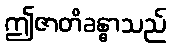
ဤဇာတိခန္ဓာသည်